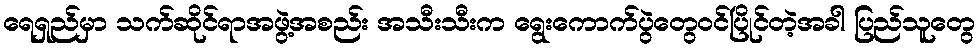
ရေရှည်မှာ သက်ဆိုင်ရာအဖွဲ့အစည်း အသီးသီးက ရွေးကောက်ပွဲတွေဝင်ပြိုင်တဲ့အခါ ပြည်သူတွေ